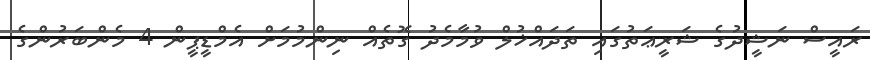
ރައީސް ނަޝީދުގެ ޝަރީޢަތުގައި ތަދައްޚުލް ވުމާމެދު ގޮތެއް ނިންމުމަށް އެމްޑީޕީން 4 މެންބަރުންގެ